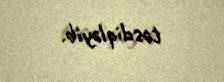
təsdiqləyib.